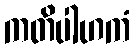
ကတိပါဟကံ